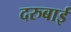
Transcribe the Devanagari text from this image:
दरुबाई